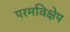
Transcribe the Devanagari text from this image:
परमविक्षेप